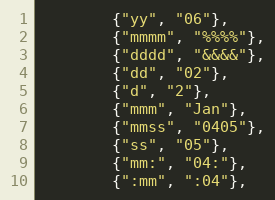
Language: Go
		{"yy", "06"},
		{"mmmm", "%%%%"},
		{"dddd", "&&&&"},
		{"dd", "02"},
		{"d", "2"},
		{"mmm", "Jan"},
		{"mmss", "0405"},
		{"ss", "05"},
		{"mm:", "04:"},
		{":mm", ":04"},